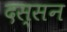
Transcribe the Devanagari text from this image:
दस्सन